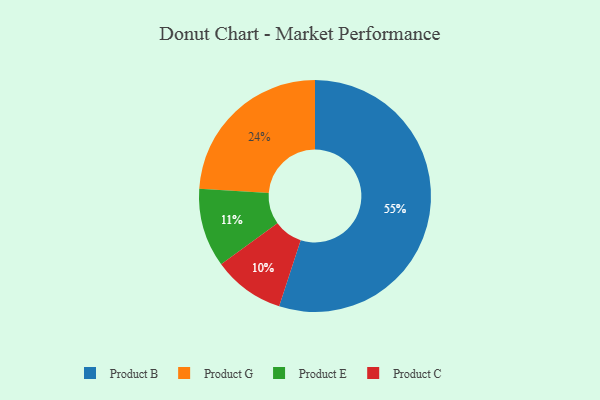
{"axis": {"x": "Category", "y": "Percentage"}, "legend": ["Product B", "Product C", "Product E", "Product G"], "data": [{"x": "Product G", "y": 24, "type": "Product G"}, {"x": "Product B", "y": 55, "type": "Product B"}, {"x": "Product E", "y": 11, "type": "Product E"}, {"x": "Product C", "y": 10, "type": "Product C"}]}